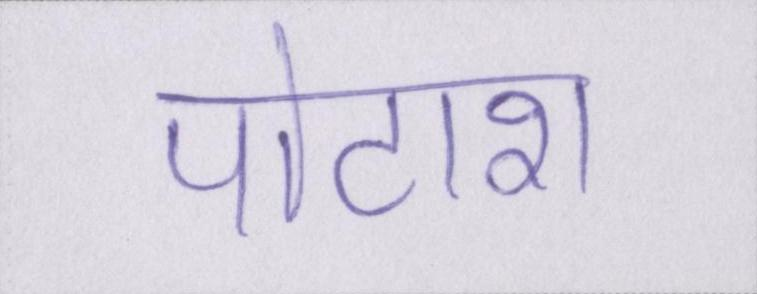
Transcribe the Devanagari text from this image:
पोटाश